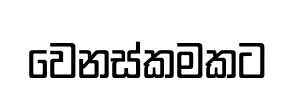
වෙනස්කමකට